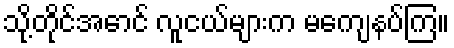
သို့တိုင်အောင် လူငယ်များက မကျေနပ်ကြ။